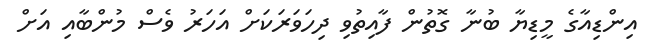
އިންޑިއާގެ މީޑިޔާ ބުނާ ގޮތުން ފާއިތުވި ދިހަވަރަކަށް އަހަރު ވެސް މުންބާއި އަށް